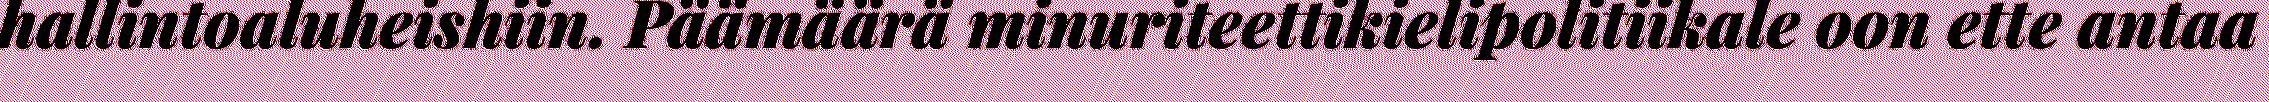
hallintoaluheishiin. Päämäärä minuriteettikielipolitiikale oon ette antaa